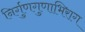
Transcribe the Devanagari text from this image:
निर्गुणगुणाभिराग